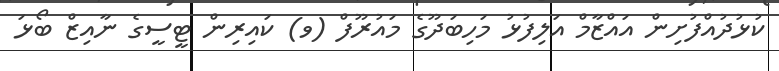
ކުޅުދުއްފުށިން އައްޒާމް އަލިފުޅު މަހިބަދޫގެ މައުރޫފް (ވ) ކައިރިން ޓީސީގެ ނާއިޒް ބޯޅަ